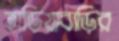
হাড়িয়াবাড়ির